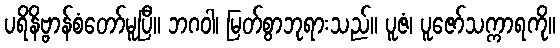
ပရိနိဗ္ဗာန်စံတော်မူပြီ။ ဘဂဝါ၊ မြတ်စွာဘုရားသည်။ ပူဇံ၊ ပူဇော်သက္ကာရကို။